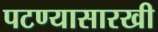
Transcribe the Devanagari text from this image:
पटण्यासारखी